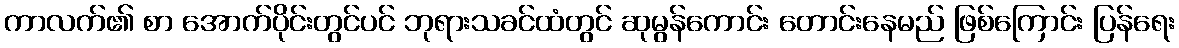
ကာလက်၏ စာ အောက်ပိုင်းတွင်ပင် ဘုရားသခင်ထံတွင် ဆုမွန်ကောင်း တောင်းနေမည် ဖြစ်ကြောင်း ပြန်ရေး